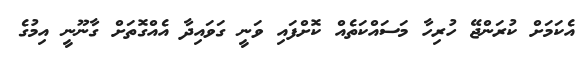
އެކަމަށް ކުރަންޖޭ ހުރިހާ މަސައްކަތެއް ކޮށްފައި ވަނީ ގަވައިދާ އެއްގޮތަށް ގާނޫނީ އިމުގެ